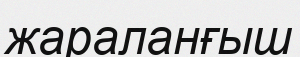
жараланғыш